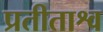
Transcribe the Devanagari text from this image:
प्रतीताश्व